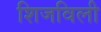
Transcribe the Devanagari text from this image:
शिजविली